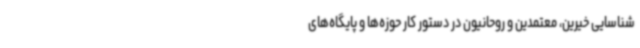
شناسایی خیرین، معتمدین و روحانیون در دستور کار حوزه‌ها و پایگاه‌های